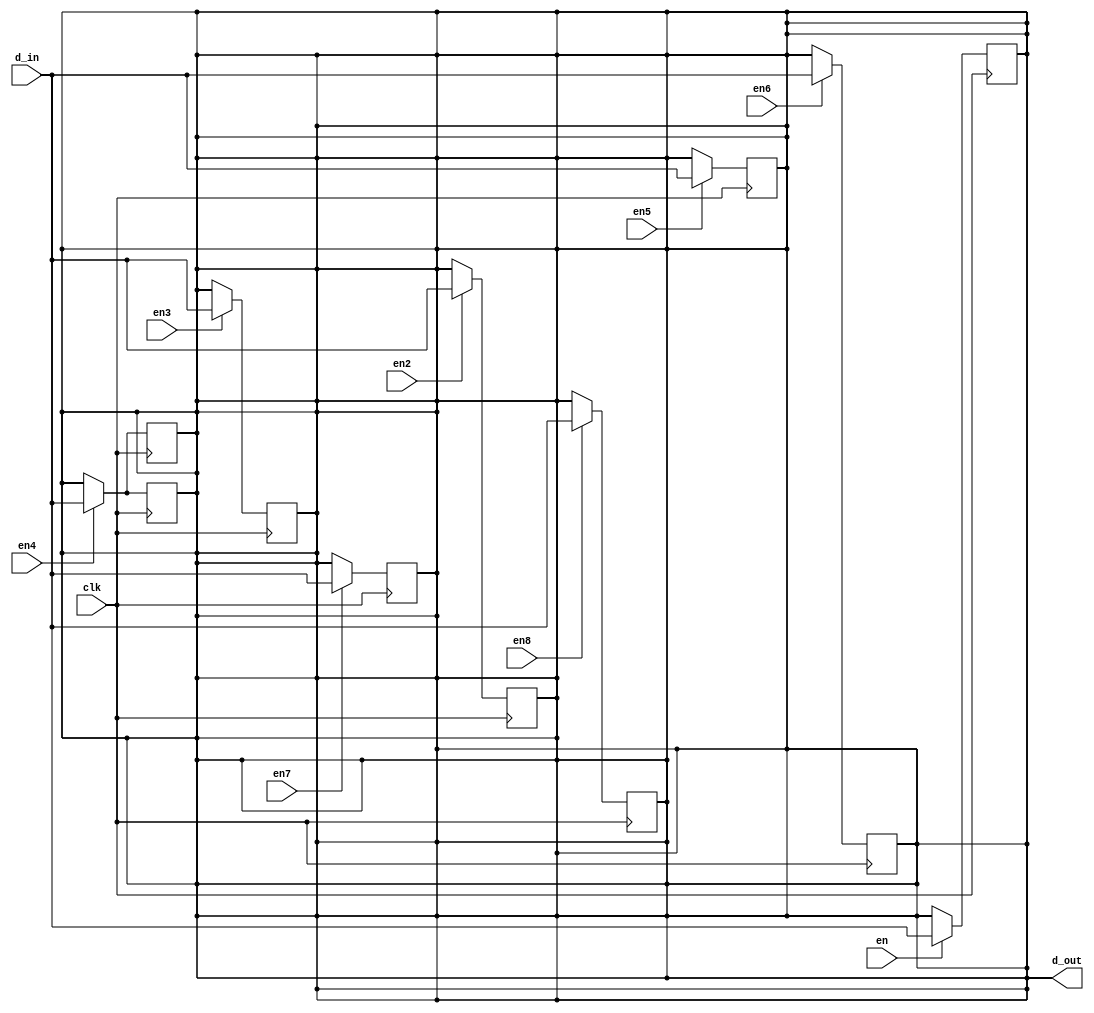
`timescale 1ns / 1ps
module test_1bit_8reg(


input d_in, // Data input
input clk, // clock input
input en,
input en2,
input en3,
input en4,en5, en6,en7,en8,
output reg d_out // output Q


);

always @(posedge clk)
begin
if(en)
d_out<= d_in;

end

always@(posedge clk)
begin
if(en2)
d_out<= d_in;
end

always@(posedge clk)
begin
if(en3)
d_out<= d_in;
end

always@(posedge clk)
begin
if(en4)
d_out<= d_in;
end

always@(posedge clk)
begin
if(en5)
d_out<= d_in;
end

always@(posedge clk)
begin
if(en6)
d_out<= d_in;
end

always@(posedge clk)
begin
if(en7)
d_out<= d_in;
end

always@(posedge clk)
begin
if(en8)
d_out<= d_in;
end

always@(posedge clk)
begin
if(en4)
d_out<= d_in;
end

endmodule